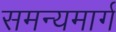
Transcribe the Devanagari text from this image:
समन्यमार्ग